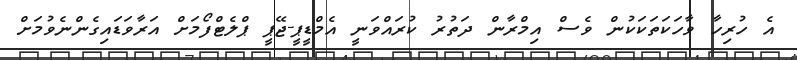
އެ ހުރިހާ ވާހަކަތަކަކުން ވެސް އިމްރާން ދަތުރު ކުރައްވަނީ އެމްޑީޕީ-ޖޭޕީ ޕްލެޓްފޯމަށް އަރާވަޑައިގެންނެވުމަށް